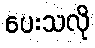
ပေးသလို